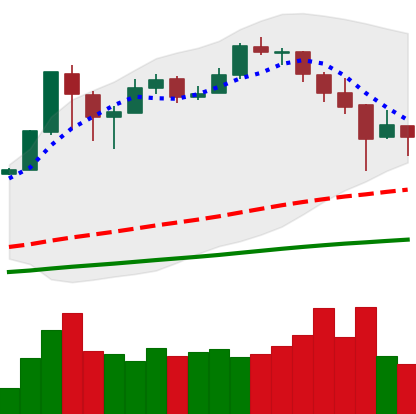
Ticker: BTC-USD
Chart end date: 2017-12-24
Forward return: 5.245%
Label: up_5_7